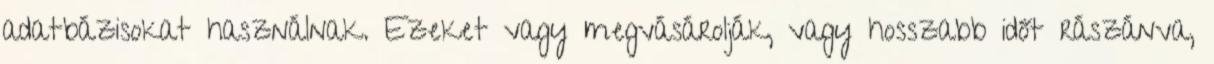
adatbázisokat használnak. Ezeket vagy megvásárolják, vagy hosszabb időt rászánva,